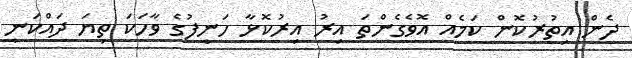
ދެން އިތުރުކޮން ކަމެއް އޮވެގެންތަ އިރު އިރުކޮޅާ ހަނީފުގެ ވާހަކަ ތިޔަ ދައްކަނީ